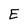
Character: E